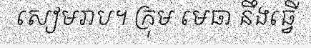
សៀមរាប។ ក្រុម មេធា នឹងធ្វើ